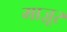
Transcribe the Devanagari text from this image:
माज़ूर